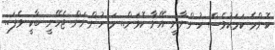
ކޮންމެ ކަމަކުވެސް ހުންނާނީ އޭނާ ކޮޅަށް.. މަ ހުންނަން ޖެހޭނީ ބާކީ ވެފަ..